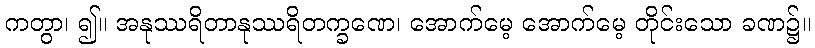
ကတွာ၊ ၍။ အနုဿရိတာနုဿရိတက္ခဏေ၊ အောက်မေ့ အောက်မေ့ တိုင်းသော ခဏ၌။